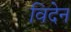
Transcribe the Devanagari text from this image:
विदेन